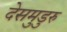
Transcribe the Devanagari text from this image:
देसमुडुरु